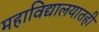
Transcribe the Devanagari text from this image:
महाविद्यालयातही